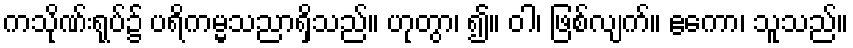
ကသိုဏ်းရုပ်၌ ပရိကမ္မသညာရှိသည်။ ဟုတွာ၊ ၍။ ဝါ၊ ဖြစ်လျက်။ ဧကော၊ သူသည်။